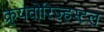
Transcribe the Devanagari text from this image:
क्र्यवोरिज़्हस्टल